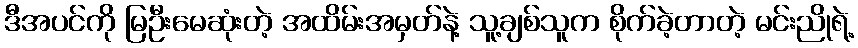
ဒီအပင်ကို မြဦးမေဆုံးတဲ့ အထိမ်းအမှတ်နဲ့ သူ့ချစ်သူက စိုက်ခဲ့တာတဲ့ မင်းညိုရဲ့